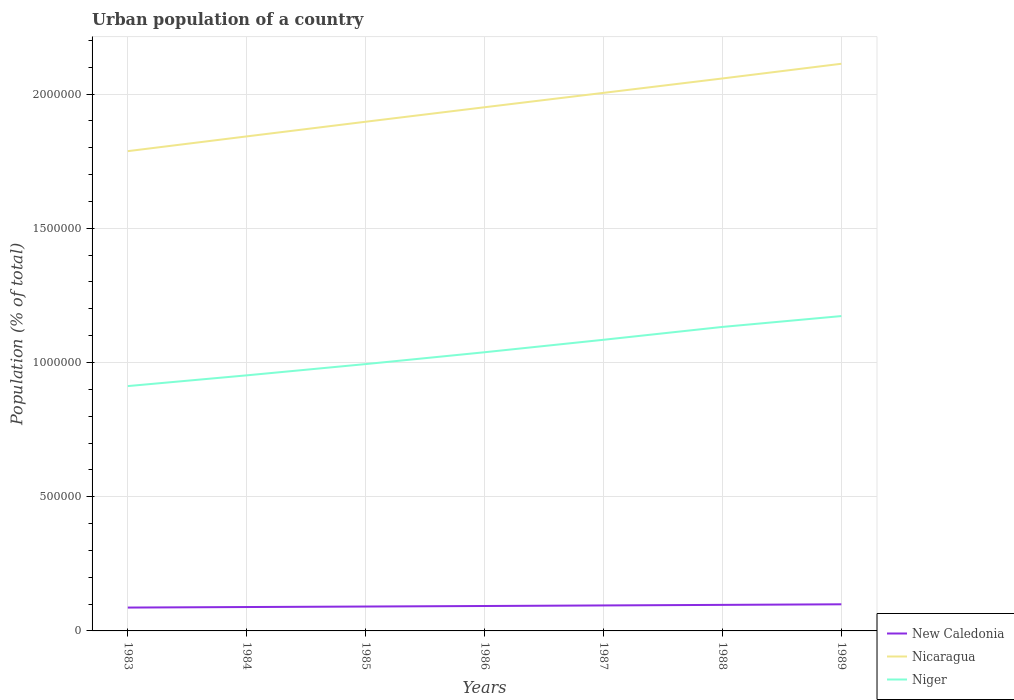
| Years | New Caledonia | Nicaragua | Niger |
 | --- | --- | --- | --- |
 | 1983 | 8.7e+04 | 1.79e+06 | 9.12e+05 |
 | 1984 | 8.9e+04 | 1.84e+06 | 9.52e+05 |
 | 1985 | 9.09e+04 | 1.9e+06 | 9.94e+05 |
 | 1986 | 9.28e+04 | 1.95e+06 | 1.04e+06 |
 | 1987 | 9.49e+04 | 2e+06 | 1.08e+06 |
 | 1988 | 9.7e+04 | 2.06e+06 | 1.13e+06 |
 | 1989 | 9.92e+04 | 2.11e+06 | 1.17e+06 |